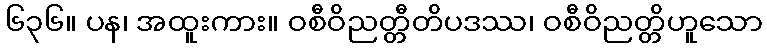
၆၃၆။ ပန၊ အထူးကား။ ဝစီဝိညတ္တီတိပဒဿ၊ ဝစီဝိညတ္တိဟူသော